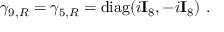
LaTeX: \gamma _ { 9 , R } = \gamma _ { 5 , R } = { \mathrm { d i a g } } ( i { \bf I } _ { 8 } , - i { \bf I } _ { 8 } ) ~ .